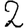
Digit: 2